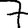
Digit: 7